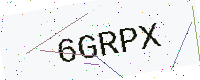
Text: 6GRPX